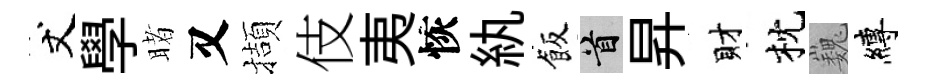
丈學睹又擷伎夷恢紈飯首昇財枕巍縛